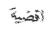
اقضية